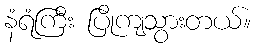
နံရံကြီး ပြိုကျသွားတယ်။